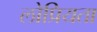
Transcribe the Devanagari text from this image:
लोप्रियता